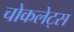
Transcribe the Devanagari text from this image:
चोकलेट्स